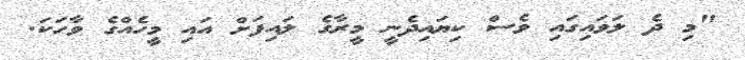
"މި ދެ ލަވައިގައި ވެސް ކިޔައިދެނީ މީރާގެ ލައިފަށް އައި މީހެއްގެ ވާހަކަ.